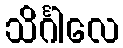
သိင်္ဂါလေ